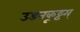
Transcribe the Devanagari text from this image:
उडनकूट्टम्